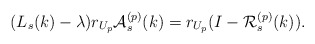
\begin{align*}(L_s(k)-\lambda)r_{U_p}\mathcal{A}^{(p)}_{s}(k)=r_{U_p}(I-\mathcal{R}^{(p)}_{s}(k)).\end{align*}